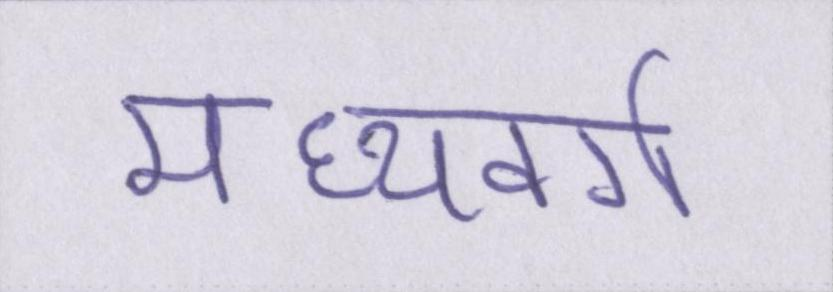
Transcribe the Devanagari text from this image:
मध्यवर्ग